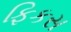
ફિકસ